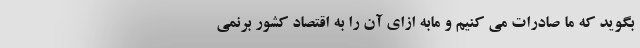
بگوید که ما صادرات می کنیم و مابه ازای آن را به اقتصاد کشور برنمی